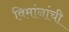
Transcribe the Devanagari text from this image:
विमांनांची